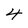
Character: 4